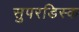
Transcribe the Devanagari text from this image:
सुपरडिस्क